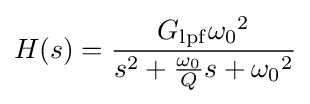
H(s)={\frac {G_{\mathrm {lpf} }{\omega _{0}}^{2}}{s^{2}+{\frac {\omega _{0}}{Q}}s+{\omega _{0}}^{2}}}